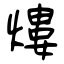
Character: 熡